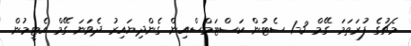
މެޗުގެ ފުރަތަމަ ގޭމް 3-1 ސެޓުން ކަސްޓަމްސްއިން ގެންދިޔައިރު ދެވަނަ ގޭމް އެޓީމުން